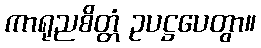
ကာရုညစိတ္တံ ဥပဋ္ဌပေတွာ။